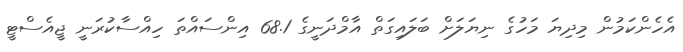
އެހެންކަމުން މިދިޔަ މަހުގެ ނިޔަލަށް ބަލައިގަތް އާމްދަނީގެ 68.1 އިންސައްތަ ހިއްސާކުރަނީ ޖީއެސްޓީ